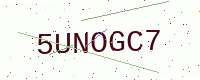
Text: 5UNOGC7